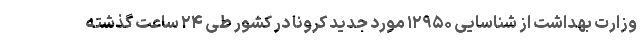
وزارت بهداشت از شناسایی ۱۲۹۵۰ مورد جدید کرونا در کشور طی ۲۴ ساعت گذشته